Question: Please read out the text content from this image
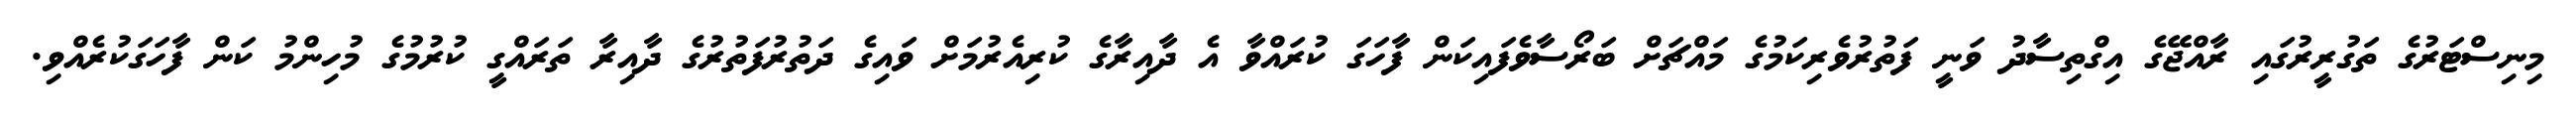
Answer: މިނިސްޓަރުގެ ތަގުރީރުގައި ރާއްޖޭގެ އިގްތިސާދު ވަނީ ފަތުރުވެރިކަމުގެ މައްޗަށް ބަރޯސާވެފައިކަން ފާހަގަ ކުރައްވާ އެ ދާއިރާގެ ކުރިއެރުމަށް ވައިގެ ދަތުރުފަތުރުގެ ދާއިރާ ތަރައްގީ ކުރުމުގެ މުހިންމު ކަން ފާހަގަކުރެއްވި.